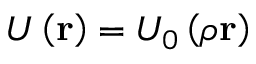
U \left( { \bf r } \right) = U _ { 0 } \left( \rho { \bf r } \right)